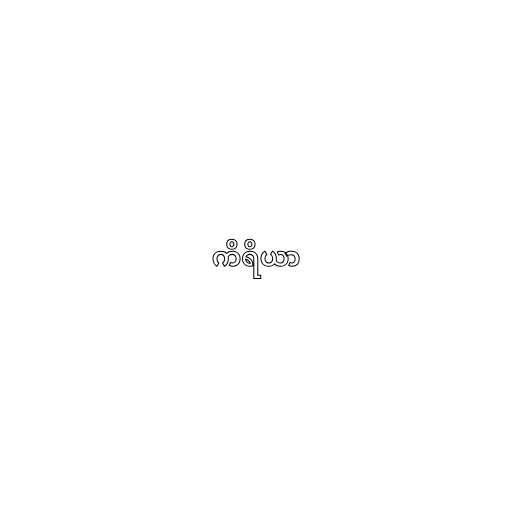
ကိရိယာ